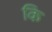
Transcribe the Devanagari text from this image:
कि